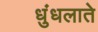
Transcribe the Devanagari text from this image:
धुंधलाते